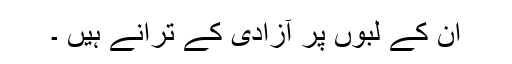
ان کے لبوں پر آزادی کے ترانے ہیں ۔